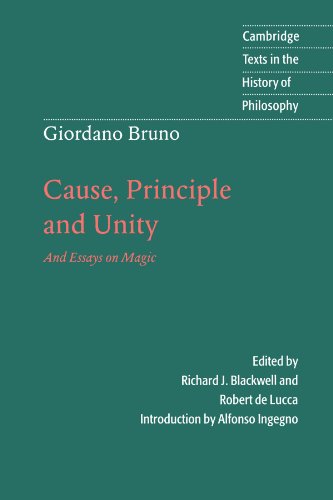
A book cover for Giordano Bruno: Cause, Principle and Unity: And Essays on Magic (Cambridge Texts in the History of Philosophy); Giordano Bruno; Politics & Social Sciences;